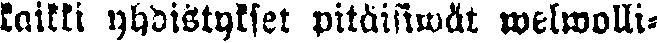
kaikki yhdistykset pitäisiwät welwolli-